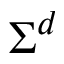
\Sigma ^ { d }